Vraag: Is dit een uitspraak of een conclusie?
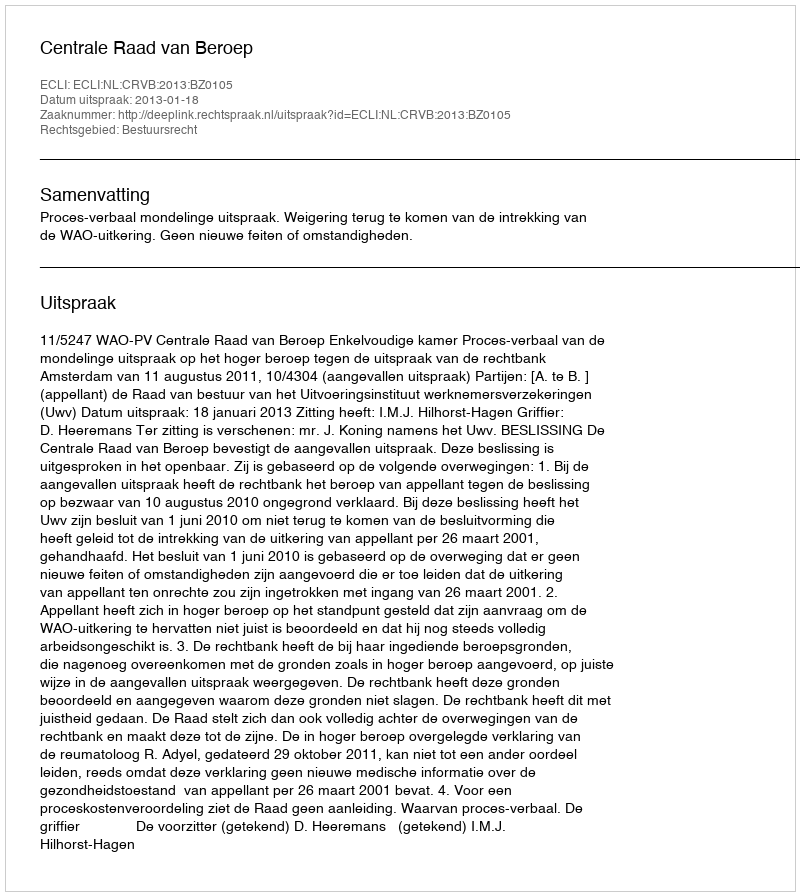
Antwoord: Uitspraak